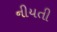
નીયતી